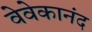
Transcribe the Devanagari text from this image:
वेवेकानंद